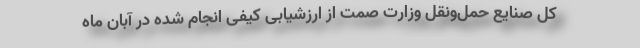
کل صنایع حمل‌ونقل وزارت صمت از ارزشیابی کیفی انجام شده در آبان ماه